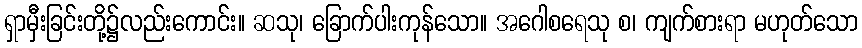
ရှာမှီးခြင်းတို့၌လည်းကောင်း။ ဆသု၊ ခြောက်ပါးကုန်သော။ အဂေါစရေသု စ၊ ကျက်စားရာ မဟုတ်သော